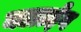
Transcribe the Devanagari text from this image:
क्लाईव